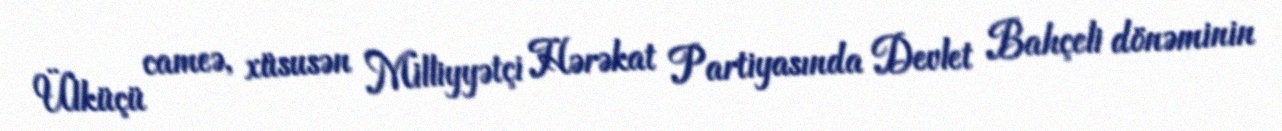
Ülküçü cameə, xüsusən Milliyyətçi Hərəkat Partiyasında Devlet Bahçeli dönəminin